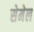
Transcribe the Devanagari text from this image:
सेमेल